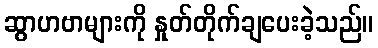
ဆွာဟဗာများကို နှုတ်တိုက်ချပေးခဲ့သည်။